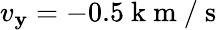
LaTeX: v_{\mathbf{y}}=-0.5\mathrm{{~k~m~/~s~}}